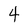
Character: 4